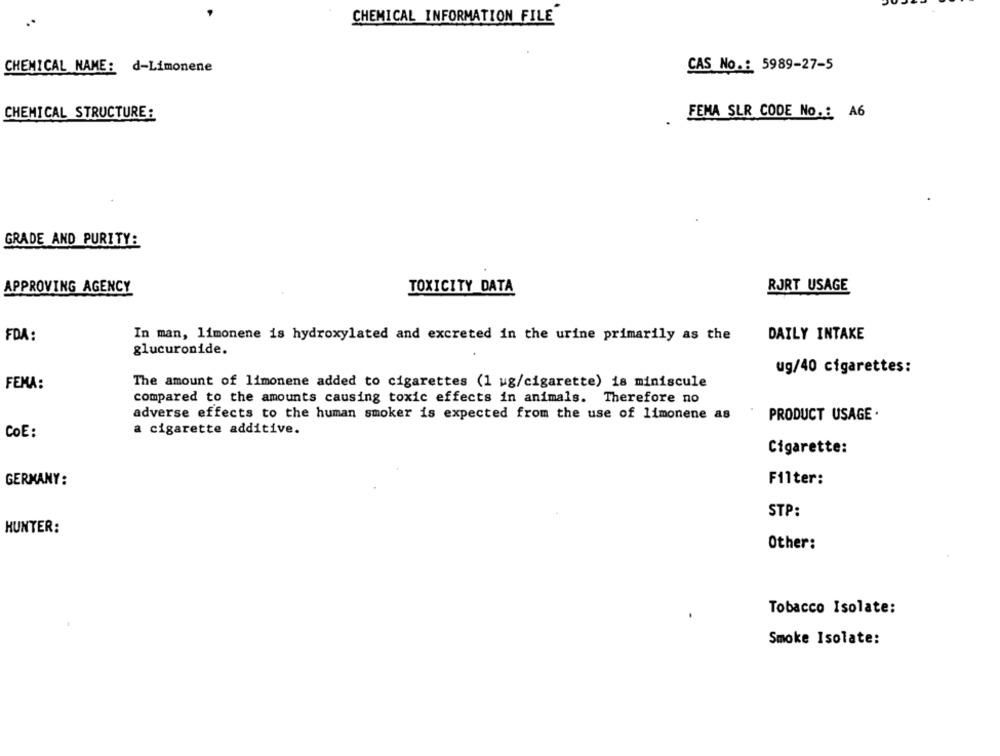
CHEMICAL INFORMATION FILE
CHEMICAL NAME: d-Limonene
CAS No .: 5989-27-5
CHEMICAL STRUCTURE:
FEMA SLR CODE No .: A6
GRADE AND PURITY:
APPROVING AGENCY
TOXICITY DATA
RJRT USAGE
FDA:
In man, limonene is hydroxylated and excreted in the urine primarily as the
DAILY INTAKE
glucuronide.
ug/40 cigarettes:
FEMA:
The amount of limonene added to cigarettes (1 ug/cigarette) is miniscule
compared to the amounts causing toxic effects in animals. Therefore no
adverse effects to the human smoker is expected from the use of limonene as
PRODUCT USAGE .
a cigarette additive.
CoE:
Cigarette:
GERMANY:
Filter:
STP:
HUNTER:
Other:
Tobacco Isolate:
Smoke Isolate: